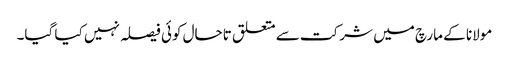
مولانا کے مارچ میں شرکت سے متعلق تاحال کوئی فیصلہ نہیں کیا گیا۔